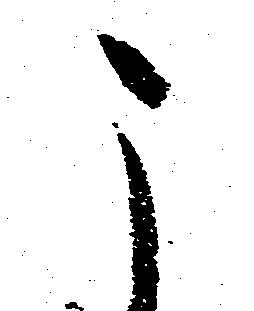
こ